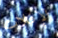
الإفلات